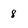
Character: 8